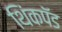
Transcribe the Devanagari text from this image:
थिंकपॅड